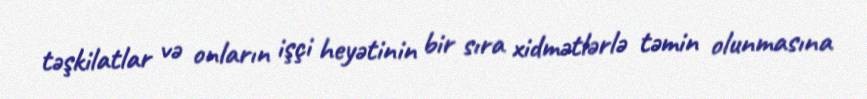
təşkilatlar və onların işçi heyətinin bir sıra xidmətlərlə təmin olunmasına